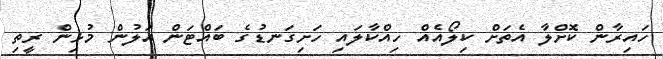
ހައިރާން ކޮށްލާ އެތަށް ކިލޯއެއް ހިއްކާލައި ހަށިގަނޑުގެ ބައްޓަން އަލުން މުޅިން ރީތި